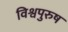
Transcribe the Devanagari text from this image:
विश्वपुरुष